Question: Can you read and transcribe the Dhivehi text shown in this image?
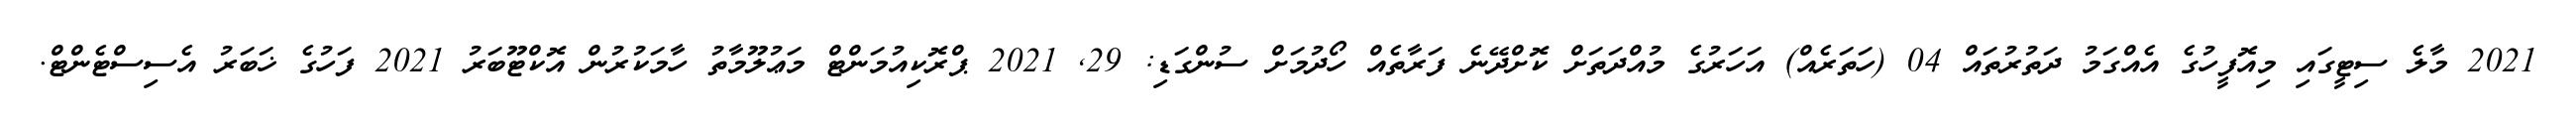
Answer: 2021 މާލެ ސިޓީގައި މިއޮފީހުގެ އެއްގަމު ދަތުރުތައް 04 (ހަތަރެއް) އަހަރުގެ މުއްދަތަށް ކޮށްދޭނެ ފަރާތެއް ހޯދުމަށް ސުންގަޑި: 29, 2021 ޕްރޮކިއުމަންޓް މަޢުލޫމާތު ހާމަކުރުން އޮކްޓޫބަރު 2021 ފަހުގެ ޚަބަރު އެސިސްޓެންޓް.